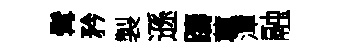
髯矜製遜躊蓴潭融